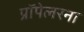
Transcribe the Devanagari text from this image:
प्रॉपेलरना